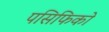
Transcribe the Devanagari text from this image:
पसिफिको